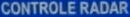
CONTROLE RADAR